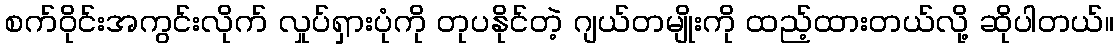
စက်ဝိုင်းအကွင်းလိုက် လှုပ်ရှားပုံကို တုပနိုင်တဲ့ ဂျယ်တမျိုးကို ထည့်ထားတယ်လို့ ဆိုပါတယ်။